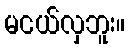
မငယ်လှဘူး။